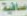
صافية